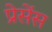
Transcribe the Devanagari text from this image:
प्रेसेंस